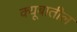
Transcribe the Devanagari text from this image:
क्यूबातील